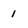
Character: 1